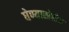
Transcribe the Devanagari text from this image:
घेण्याखेरीज